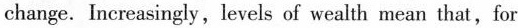
change. Increasingsly, levels of wealth mean that, for